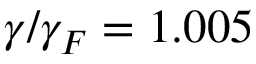
\gamma / \gamma _ { F } = 1 . 0 0 5